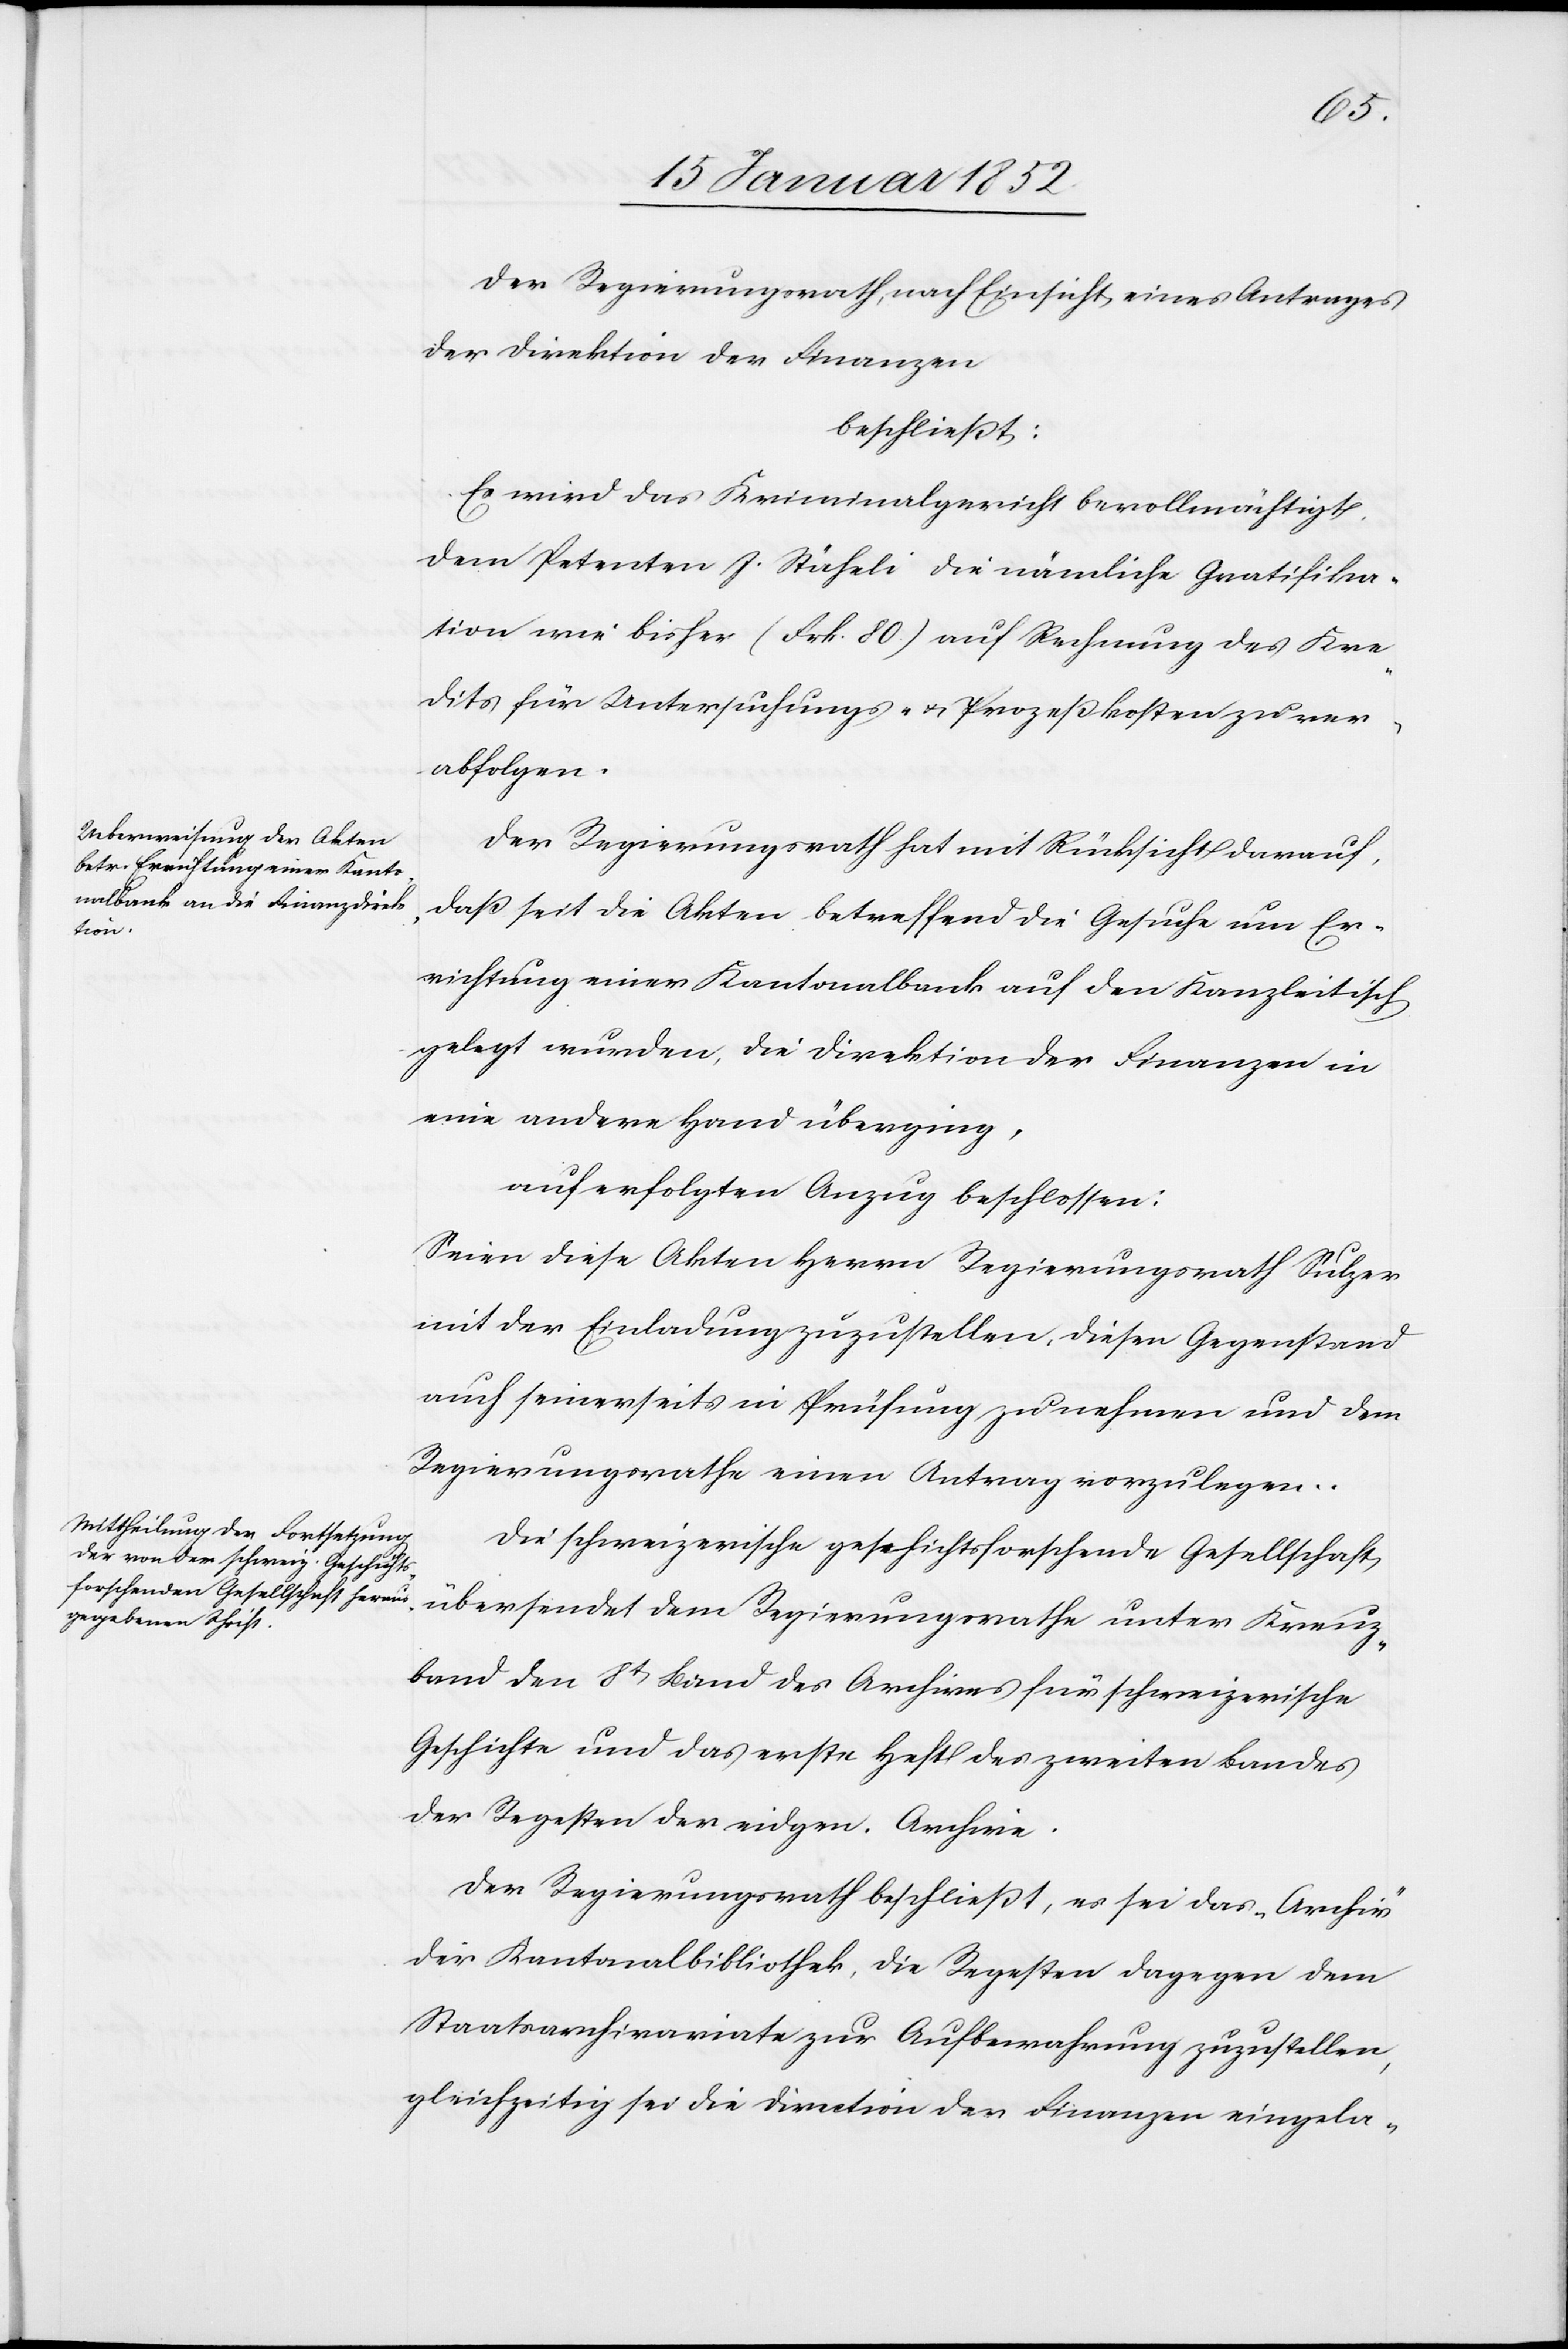
Der Regierungsrath, nach Einsicht eines Antrages
der Direktion der Finanzen
beschließt:
Es wird das Kriminalgericht bevollmächtigt
dem Petenten J. Stäheli die nämliche Gratifika¬
tion wie bisher (Frk. 80.) auf Rechnung des Kre¬
dits für Unterstützungs- u. Prozeßkosten zu ver¬
abfolgen.
Der Regierungsrath hat mit Rücksicht darauf,
daß seit die Akten betreffend die Gesuche um Er¬
richtung einer Kantonalbank auf den Kanzleitisch
gelegt wurden, die Direktion der Finanzen in
eine andere Hand überging,
auf erfolgten Anzug beschlossen:
Seien diese Akten Herrn Regierungsrath Sulzer
mit der Einladung zuzustellen, diesen Gegenstand
auch seinerseits in Prüfung zu nehmen und dem
Regierungsrathe einen Antrag vorzulegen.
Die schweizerische geschichtsforschende Gesellschaft
übersendet dem Regierungsrathe unter Kreuz¬
band den 8t Band des Archives für schweizerische
Geschichte und das erste Heft des zweiten Bandes
der Regesten der eidgen. Archive.
Der Regierungsrath beschließt, es sei das „Archiv“
der Kantonalbibliothek, die Regesten dagegen dem
Staatsarchivariate zur Aufbewahrung zuzustellen,
gleichzeitig sei die Direction der Finanzen eingela-